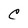
Character: C